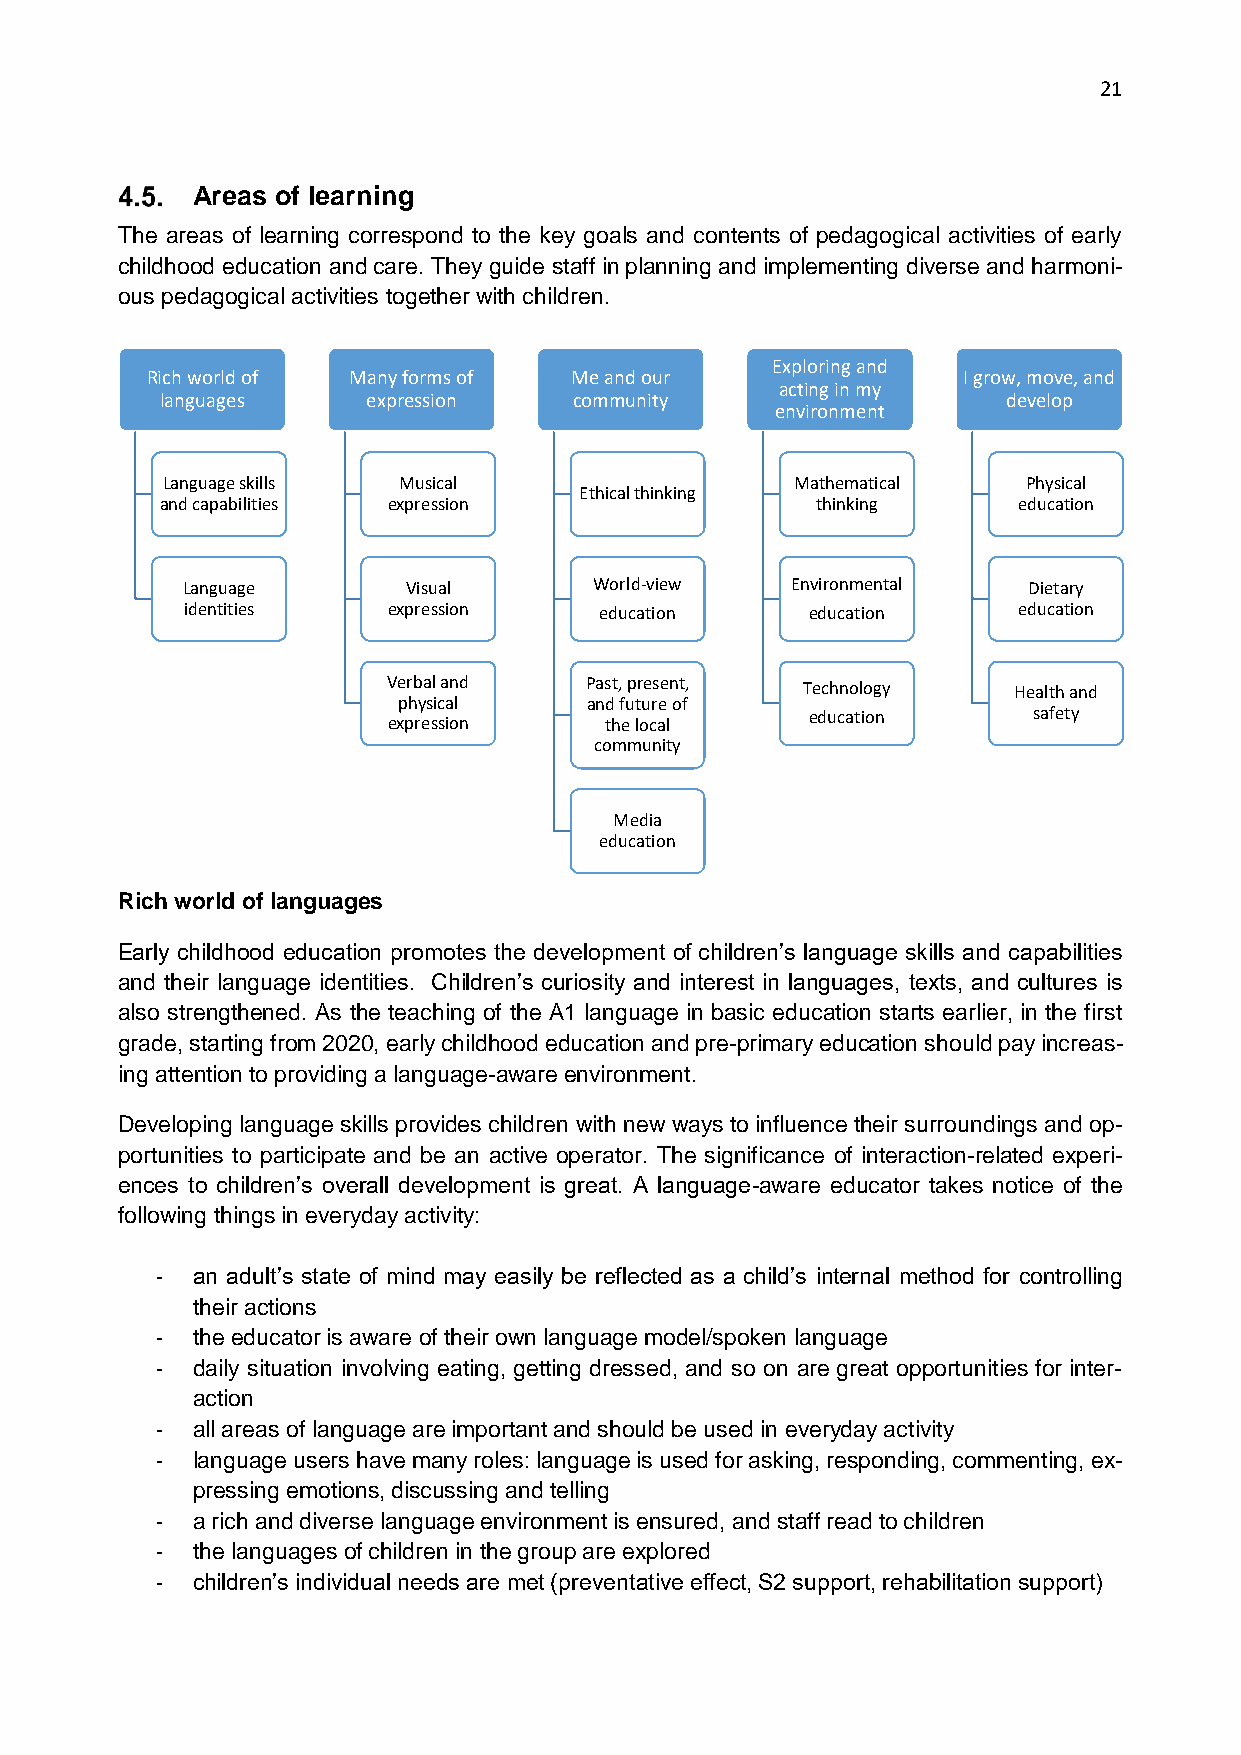
21
 Areas of learning
 The areas of learning correspond to the key goals and contents of pedagogical activities of early
 childhood education and care. They guide staff in planning and implementing diverse and harmoni-
 ous pedagogical activities together with children.
 Exploring and
 Rich world of Many forms of Me and our                I grow, move, and
 acting in my
 languages    expression    community                    develop
 environment
 Language skills Musical                   Mathematical   Physical
 Ethical thinking
 and capabilities expression                thinking     education
 Language       Visual      World-view   Environmental   Dietary
 identities    expression    education     education    education
 Verbal and   Past, present, Technology   Health and
 physical     and future of
 expression    the local     education     safety
 community
 Media
 education
 Rich world of languages
 Early childhood education promotes the development of children’s language skills and capabilities
 and their language identities. Children’s curiosity and interest in languages, texts, and cultures is
 also strengthened. As the teaching of the A1 language in basic education starts earlier, in the first
 grade, starting from 2020, early childhood education and pre-primary education should pay increas-
 ing attention to providing a language-aware environment.
 Developing language skills provides children with new ways to influence their surroundings and op-
 portunities to participate and be an active operator. The significance of interaction-related experi-
 ences to children’s overall development is great. A language-aware educator takes notice of the
 following things in everyday activity:
 -  an adult’s state of mind may easily be reflected as a child’s internal method for controlling
 their actions
 -  the educator is aware of their own language model/spoken language
 -  daily situation involving eating, getting dressed, and so on are great opportunities for inter-
 action
 -  all areas of language are important and should be used in everyday activity
 -  language users have many roles: language is used for asking, responding, commenting, ex-
 pressing emotions, discussing and telling
 -  a rich and diverse language environment is ensured, and staff read to children
 -  the languages of children in the group are explored
 -  children’s individual needs are met (preventative effect, S2 support, rehabilitation support)